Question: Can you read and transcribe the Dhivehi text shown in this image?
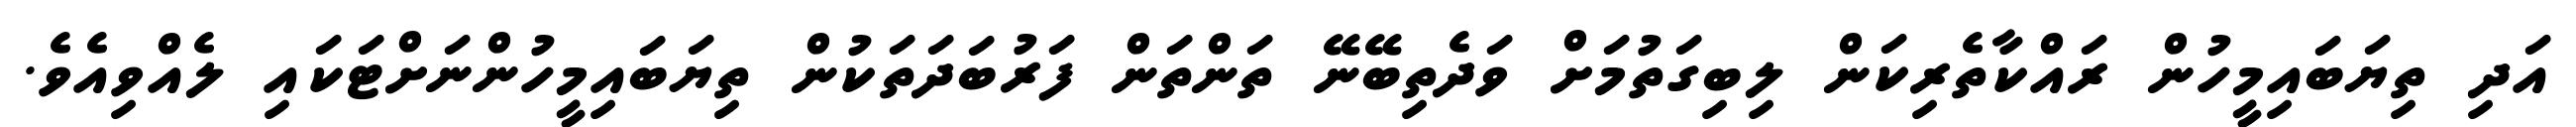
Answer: އަދި ތިޔަބައިމީހުން ރައްކާތެރިކަން ލިބިގަތުމަށް ވަދެތިބޭނޭ ތަންތަން ފަރުބަދަތަކުން ތިޔަބައިމީހުންނަށްޓަކައި ލެއްވިއެވެ.